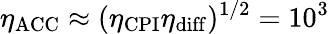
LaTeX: \eta_{\mathrm{ACC}}\approx(\eta_{\mathrm{CPI}}\eta_{\mathrm{diff}})^{1/2}=10^{3}